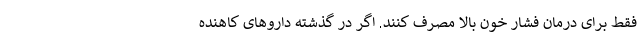
فقط برای درمان فشار خون بالا مصرف کنند. اگر در گذشته داروهای کاهنده